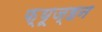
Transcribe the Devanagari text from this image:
फ़्यूज्हन